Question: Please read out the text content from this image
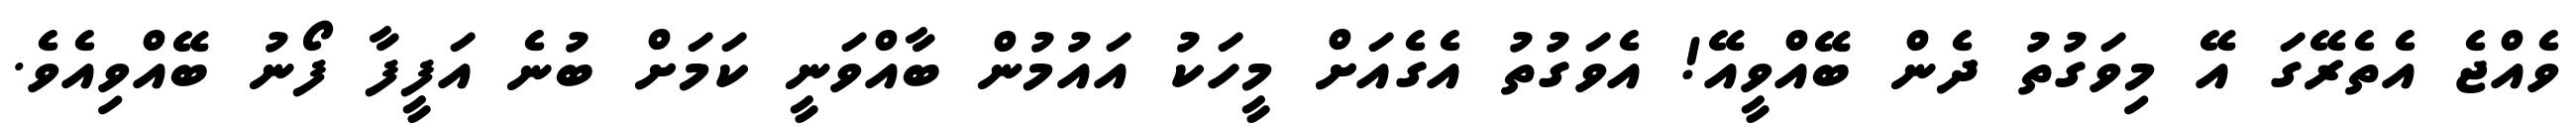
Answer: ވެއްޖެ އެތެރޭގަ އޭ މިވަގުތު ދެން ބޭއްވީއޭ! އެވަގުތު އެގެއަށް މީހަކު އައުމުން ބާއްވަނީ ކަމަށް ބުނެ އަފީފާ ފޯނު ބޭއްވިއެވެ.